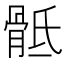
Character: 骶